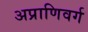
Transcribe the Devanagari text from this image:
अप्राणिवर्ग